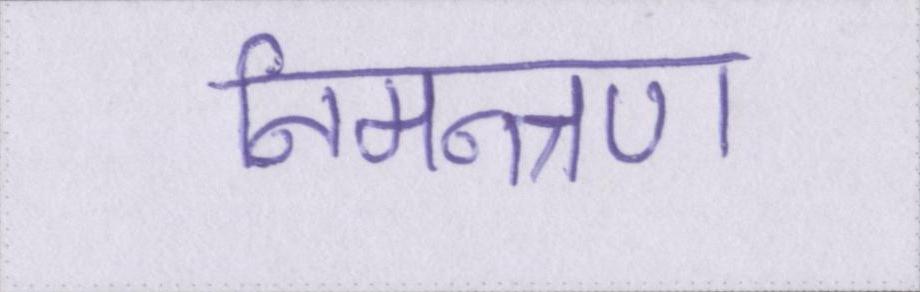
निमन्त्रण